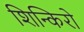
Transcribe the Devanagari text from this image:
शिन्किरो